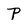
Character: P